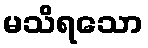
မသိရသော